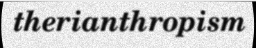
therianthropism